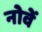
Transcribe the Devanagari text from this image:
नोवें